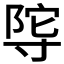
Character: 𭔴